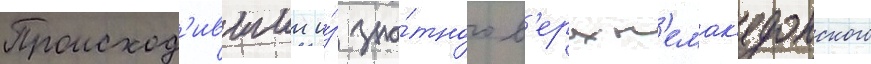
Происход'ившии и́з зна́тного в'ерхн'емак'едонского